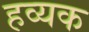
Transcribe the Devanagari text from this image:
हव्यक